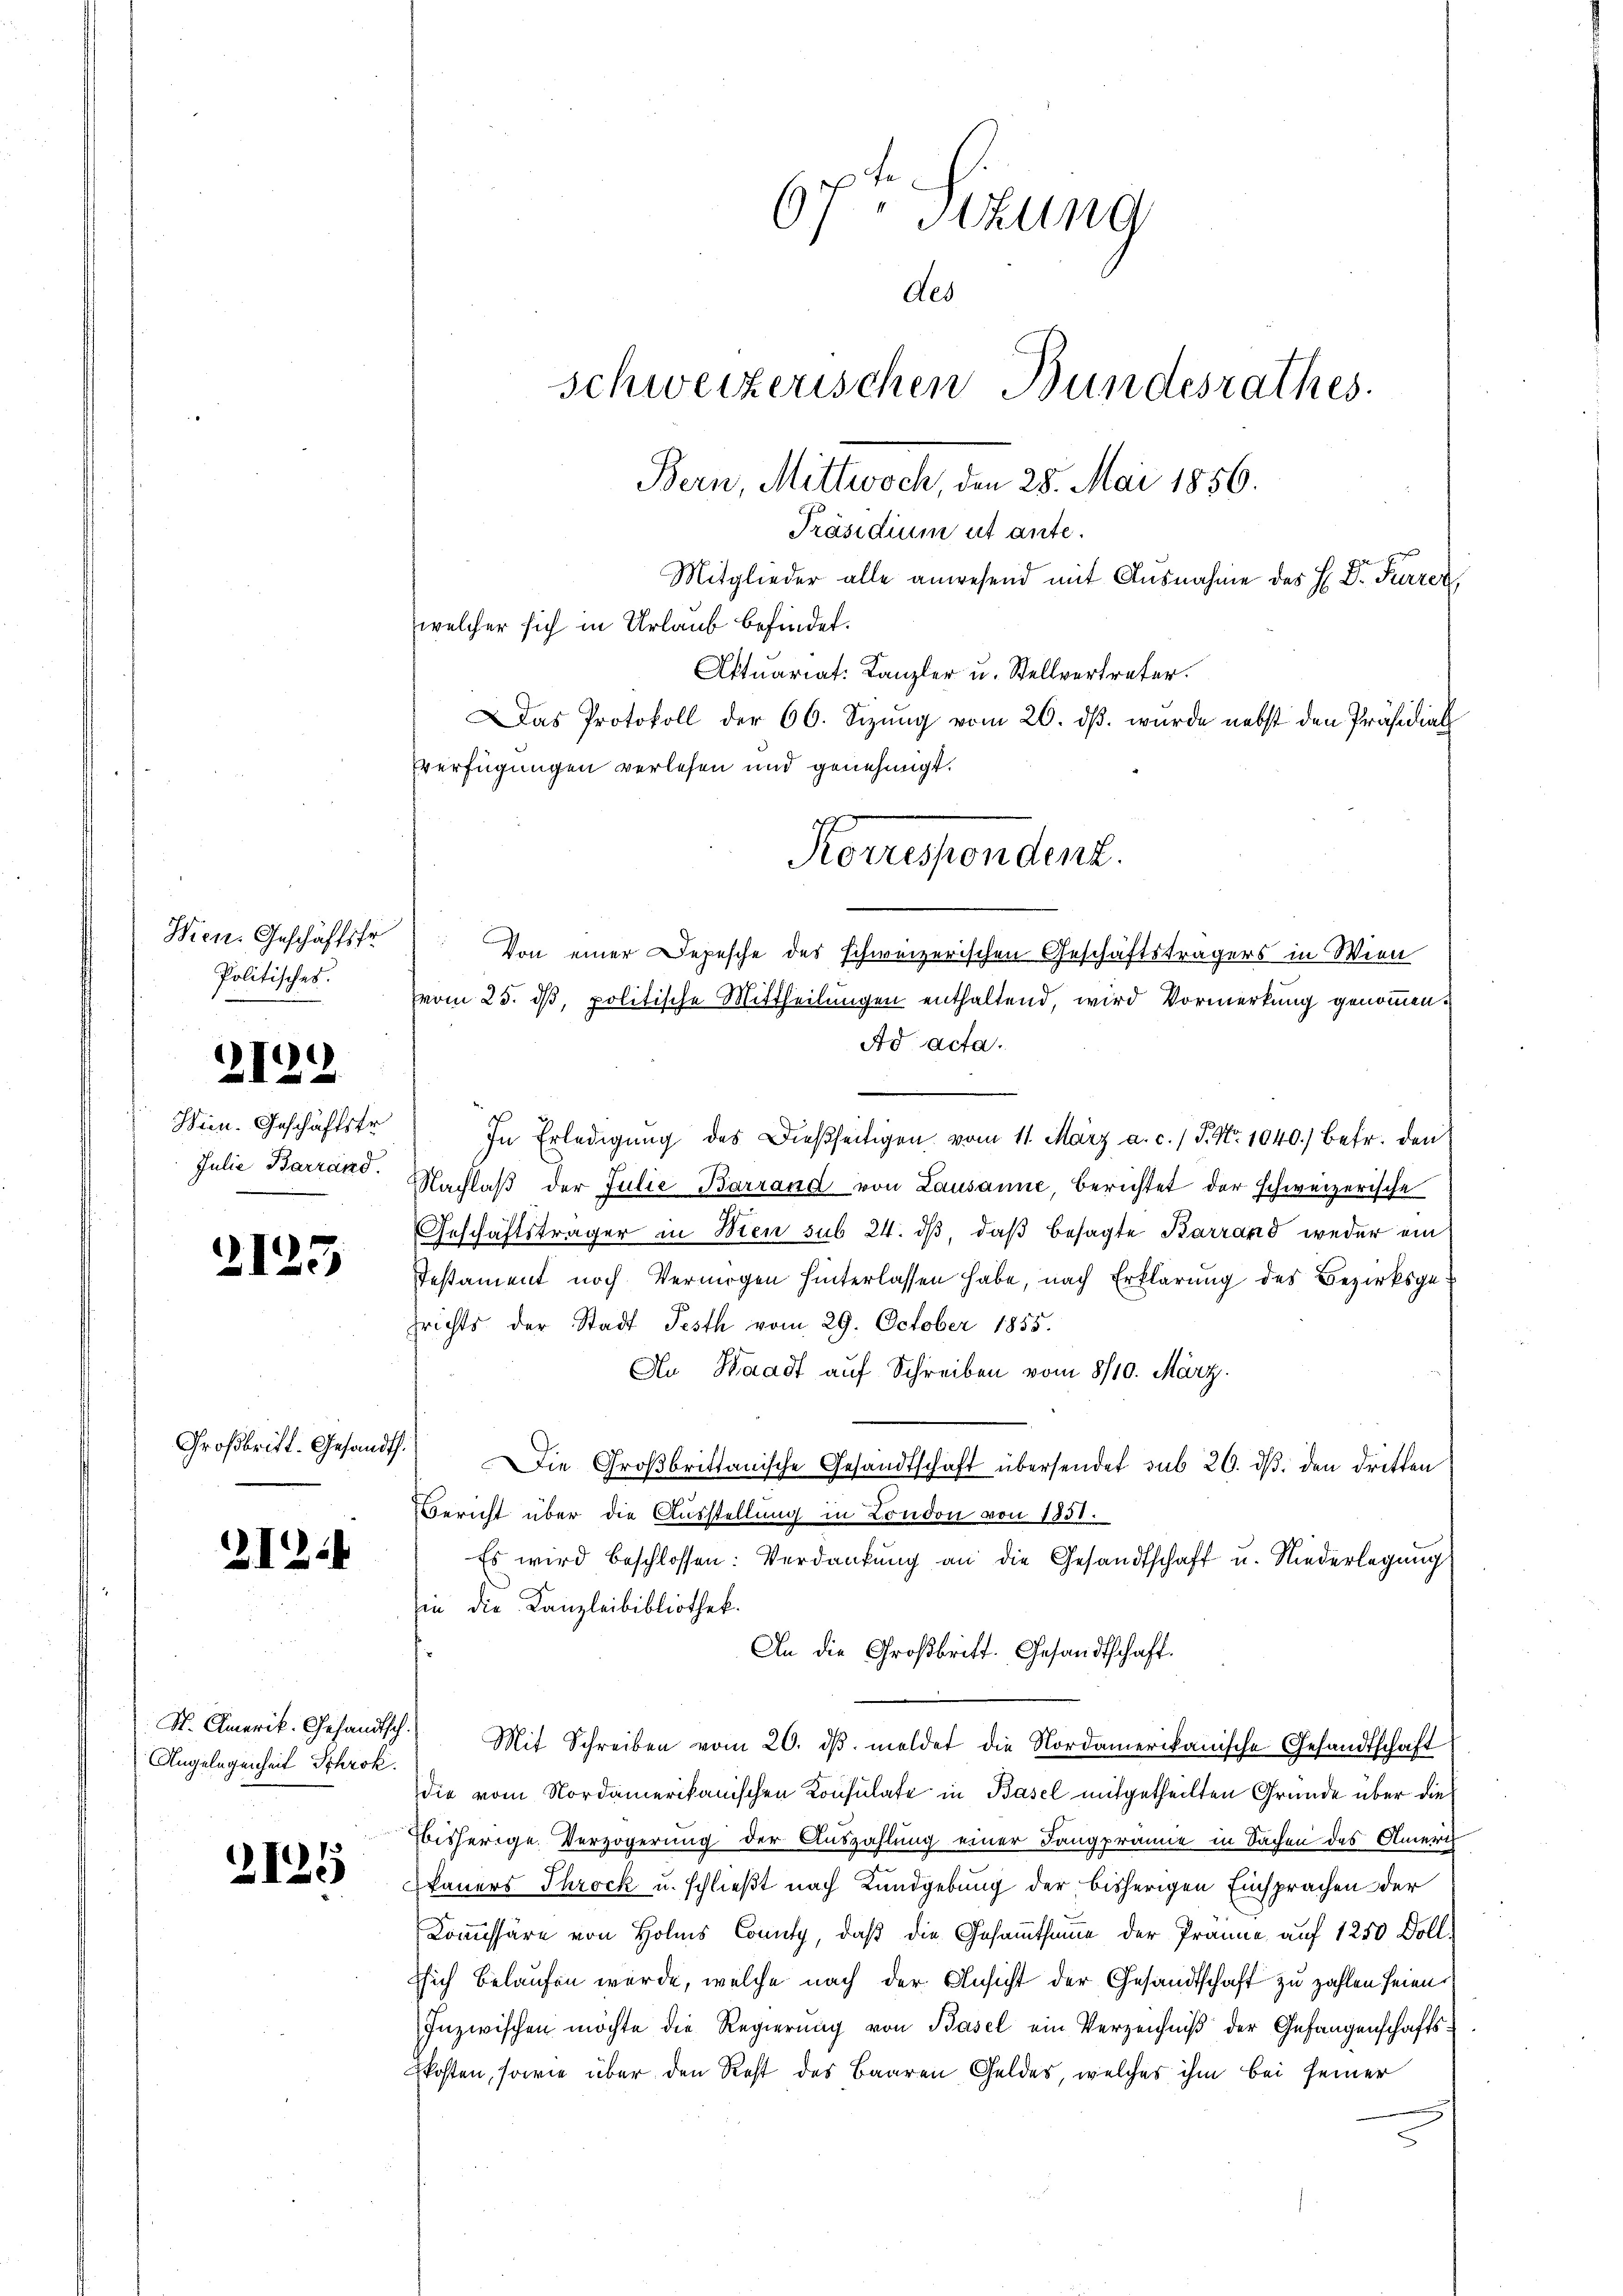
Wien. Geschäftsfr
Politisches.

2129

Wien. Geschäftstr
Julie Barrand.

2125

Großbritt. Gesandth.

212.

Angelegenheit Schrok.

1
2125

67 Sizung
des
schweizerischen Bundesrathes.
Bern, Mittwoch, den 28. Mai 1856.
Präsidium ut ante.
Mitglieder alle anwesend mit Ausnahme des H. Dr. Furrer,
welcher sich in Urlaub befindet.
Aktuariat. Kanzler u. Stellvertreter.
Das Protokoll der 60. Sizŭng vom 26. dβ. wurde nebst den Präsidial
Everfügungen verlesen und genehmigt.

Korrespendent.
Von einer Depesche des schweizerischen Geschäftsträgers in Wien
vom 25. dß, politische Mittheilungen enthaltend, wird Vormerkung genommen.
Ad acta.

In Erledigung des Dießseitigen vom 11. März a. c. / P. Nr. 1040.) betr. den
Nachlaβ der Julie Barrand von Lausanne, berichtet der schweizerische
.
Geschäftsträger in Wien sub 24. dβ, daß besagte Karrand weder ein
Testament noch Vermögen hinterlassen habe, nach Erklärung des Bezirksgesrichts der Stadt Festh vom 29. October 1855.
An Waadt auf Schreiben vom 8/10. März.
Die Großbrittanische Gesandtschaft übersendet sub 26. dβ den dritten
Bericht über die Ausstellung in London von 1851.
Es wird beschlossen: Verdankung an die Gesandtschaft u. Niederlegung
in die Kanzleibibliothek.
An die Großbritt. Gesandtschaft.
S. Amerik. Gesandtsch. Mit Schreiben vom 20. dβ. meldet die Nordamerikanische Gesandtschaft
die vom Nordamerikanischen Konsulate in Basel mitgetheilten Grunde über die
bisherige Verzögerung der Auszahlung einer Tangprämie in Sachen des Ameris
kauers Throck u. schließt nach Kundgebung der bisherigen Einsprachen der
Kommissäre von Holms County, daß die Gesammtsumme der Prämie auf 1250 Doll
Eich belaufen würde, welche nach der Ansicht der Gesandtschaft zu zahlen seien.
Inzwischen möchte die Regierung von Basel ein Verzeichniß der Gefangenschaftskosten, sowie über den Rest des Baaren Geldes, welches ihm bei seiner